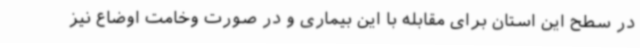
در سطح این استان برای مقابله با این بیماری و در صورت وخامت اوضاع نیز